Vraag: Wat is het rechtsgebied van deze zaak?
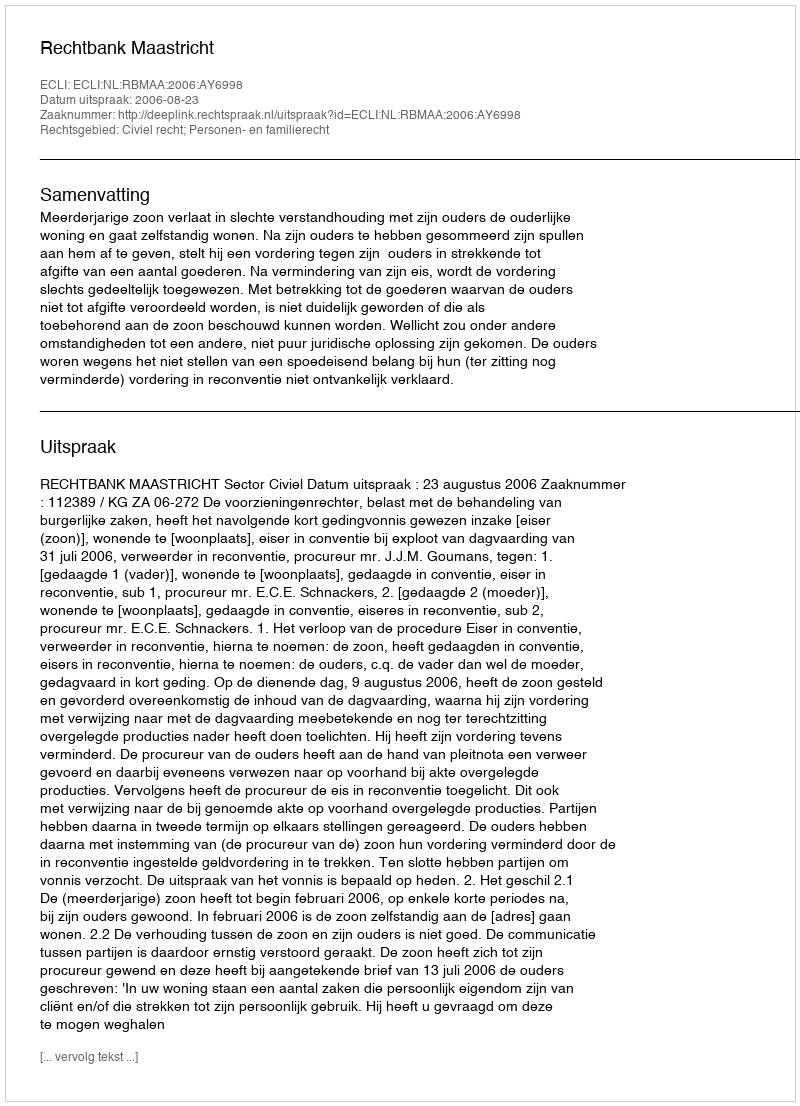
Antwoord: Civiel recht; Personen- en familierecht